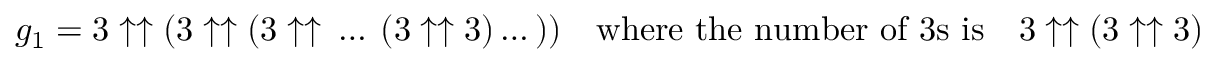
g _ { 1 } = 3 \uparrow \uparrow ( 3 \uparrow \uparrow ( 3 \uparrow \uparrow \ \dots \ ( 3 \uparrow \uparrow 3 ) \dots ) ) \quad { \mathrm { w h e r e ~ t h e ~ n u m b e r ~ o f ~ 3 s ~ i s } } \quad 3 \uparrow \uparrow ( 3 \uparrow \uparrow 3 )